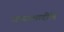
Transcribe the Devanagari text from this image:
अध्यात्मादीनि